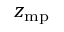
z _ { \mathrm { m p } }